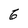
Character: 6